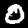
Digit: 0